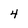
Character: 4